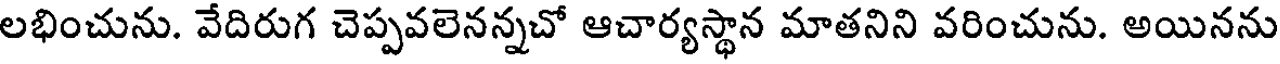
లభించును. వేదిరుగ చెప్పవలెనన్నచో ఆచార్యస్థాన మాతనిని వరించును. అయినను